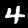
Digit: 4